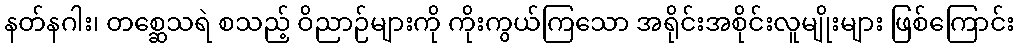
နတ်နဂါး၊ တစ္ဆေသရဲ စသည့် ဝိညာဉ်များကို ကိုးကွယ်ကြသော အရိုင်းအစိုင်းလူမျိုးများ ဖြစ်ကြောင်း